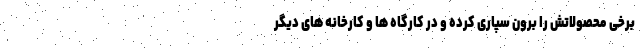
برخی محصولاتش را برون سپاری کرده و در کارگاه ها و کارخانه های دیگر